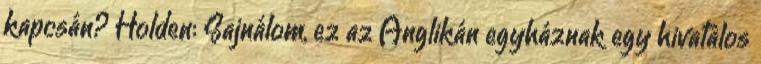
kapcsán? Holden: Sajnálom, ez az Anglikán egyháznak egy hivatalos